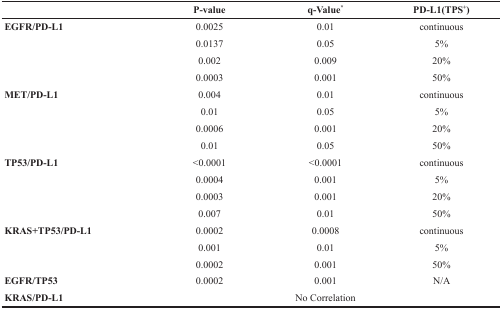
<table><thead><tr><td></td><td><b>P-value</b></td><td><b>q-Value<sup>*</sup></b></td><td><b>PD-L1(TPS<sup>+</sup>)</b></td></tr></thead><tbody><tr><td rowspan="4"><b>EGFR/PD-L1</b></td><td>0.0025</td><td>0.01</td><td>continuous</td></tr><tr><td>0.0137</td><td>0.05</td><td>5%</td></tr><tr><td>0.002</td><td>0.009</td><td>20%</td></tr><tr><td>0.0003</td><td>0.001</td><td>50%</td></tr><tr><td rowspan="4"><b>MET/PD-L1</b></td><td>0.004</td><td>0.01</td><td>continuous</td></tr><tr><td>0.01</td><td>0.05</td><td>5%</td></tr><tr><td>0.0006</td><td>0.001</td><td>20%</td></tr><tr><td>0.01</td><td>0.05</td><td>50%</td></tr><tr><td rowspan="4"><b>TP53/PD-L1</b></td><td>&lt;0.0001</td><td>&lt;0.0001</td><td>continuous</td></tr><tr><td>0.0004</td><td>0.001</td><td>5%</td></tr><tr><td>0.0003</td><td>0.001</td><td>20%</td></tr><tr><td>0.007</td><td>0.01</td><td>50%</td></tr><tr><td rowspan="3"><b>KRAS+TP53/PD-L1</b></td><td>0.0002</td><td>0.0008</td><td>continuous</td></tr><tr><td>0.001</td><td>0.01</td><td>5%</td></tr><tr><td>0.0002</td><td>0.001</td><td>50%</td></tr><tr><td><b>EGFR/TP53</b></td><td>0.0002</td><td>0.001</td><td>N/A</td></tr><tr><td><b>KRAS/PD-L1</b></td><td colspan="3">No Correlation</td></tr></tbody></table>